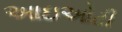
આઇઓટી